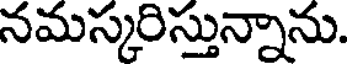
నమస్కరిస్తున్నాను.